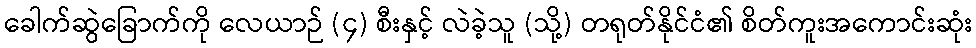
ခေါက်ဆွဲခြောက်ကို လေယာဉ် (၄) စီးနှင့် လဲခဲ့သူ (သို့) တရုတ်နိုင်ငံ၏ စိတ်ကူးအကောင်းဆုံး